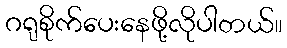
ဂရုစိုက်ပေးနေဖို့လိုပါတယ်။